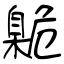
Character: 臲